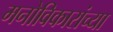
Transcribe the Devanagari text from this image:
मनोविकारांच्या